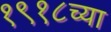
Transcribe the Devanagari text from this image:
१९१८च्या